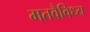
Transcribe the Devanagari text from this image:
मतवैविध्य